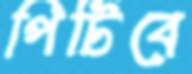
পিটিবে